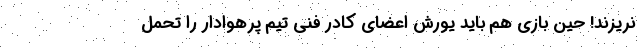
نریزند! حین بازی هم باید یورش اعضای کادر فنی تیم پرهوادار را تحمل